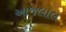
આજલાલ